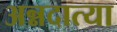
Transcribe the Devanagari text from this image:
अन्नदात्या